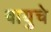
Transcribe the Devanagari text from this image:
वायुचे